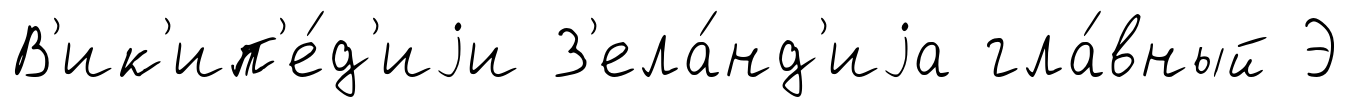
В'ик'ип'е́д'иjи З'ела́нд'иjа гла́вный Э